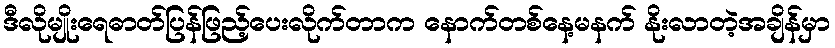
ဒီလိုမျိုးရေဓာတ်ပြန်ဖြည့်ပေးလိုက်တာက နောက်တစ်နေ့မနက် နိုးလာတဲ့အချိန်မှာ